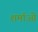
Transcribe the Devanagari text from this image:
शर्माओ